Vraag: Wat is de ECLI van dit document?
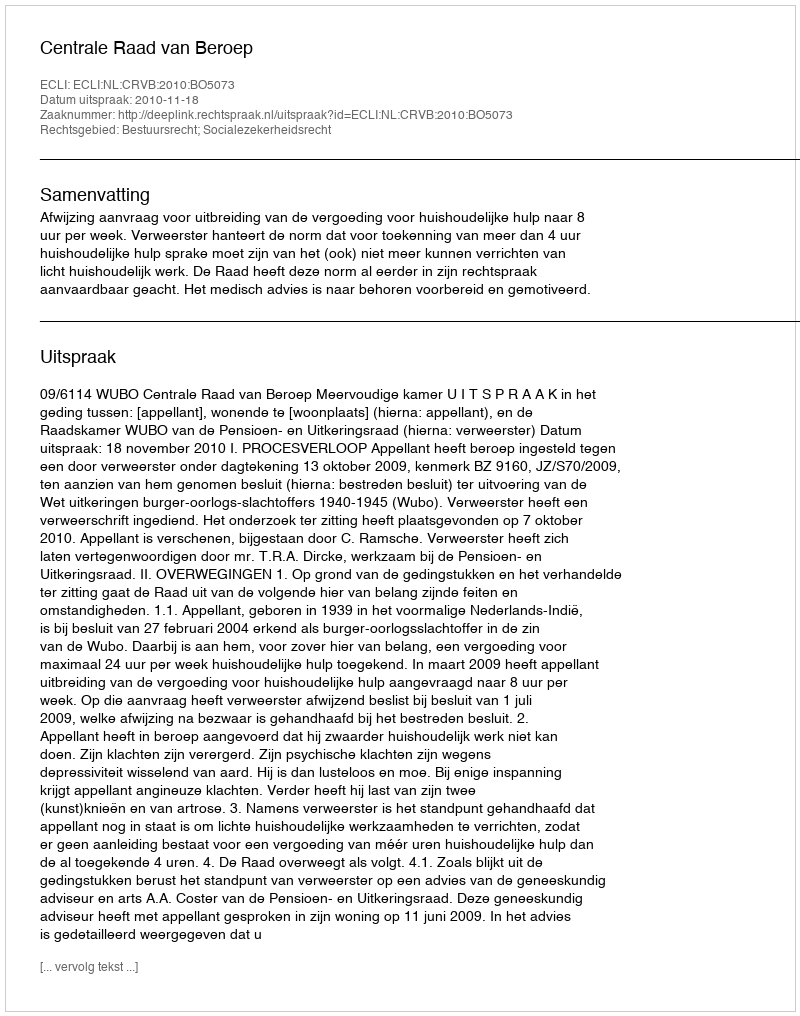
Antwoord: ECLI:NL:CRVB:2010:BO5073